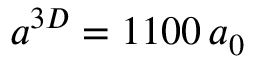
a ^ { 3 D } = 1 1 0 0 \, a _ { 0 }